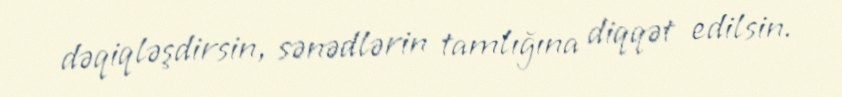
dəqiqləşdirsin, sənədlərin tamlığına diqqət edilsin.